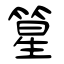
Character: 篂